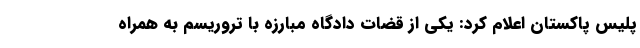
پلیس پاکستان اعلام کرد: یکی از قضات دادگاه مبارزه با تروریسم به همراه